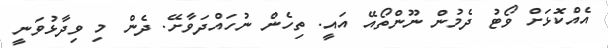
އެއްކޮޅަށް ވޯޓު ދެމުން ނޫންތޯއޭ އައީ. ތިހެން ނުހައްދަވާށޭ. ދެން މި ވިދާޅުވަނީ